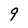
Character: 9